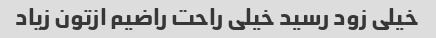
خیلی زود رسید خیلی راحت راضیم ازتون زیاد